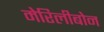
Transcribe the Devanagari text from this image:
मेरिलीबोन